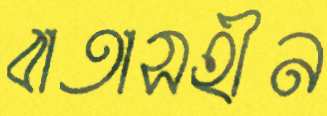
বাতাসহীন